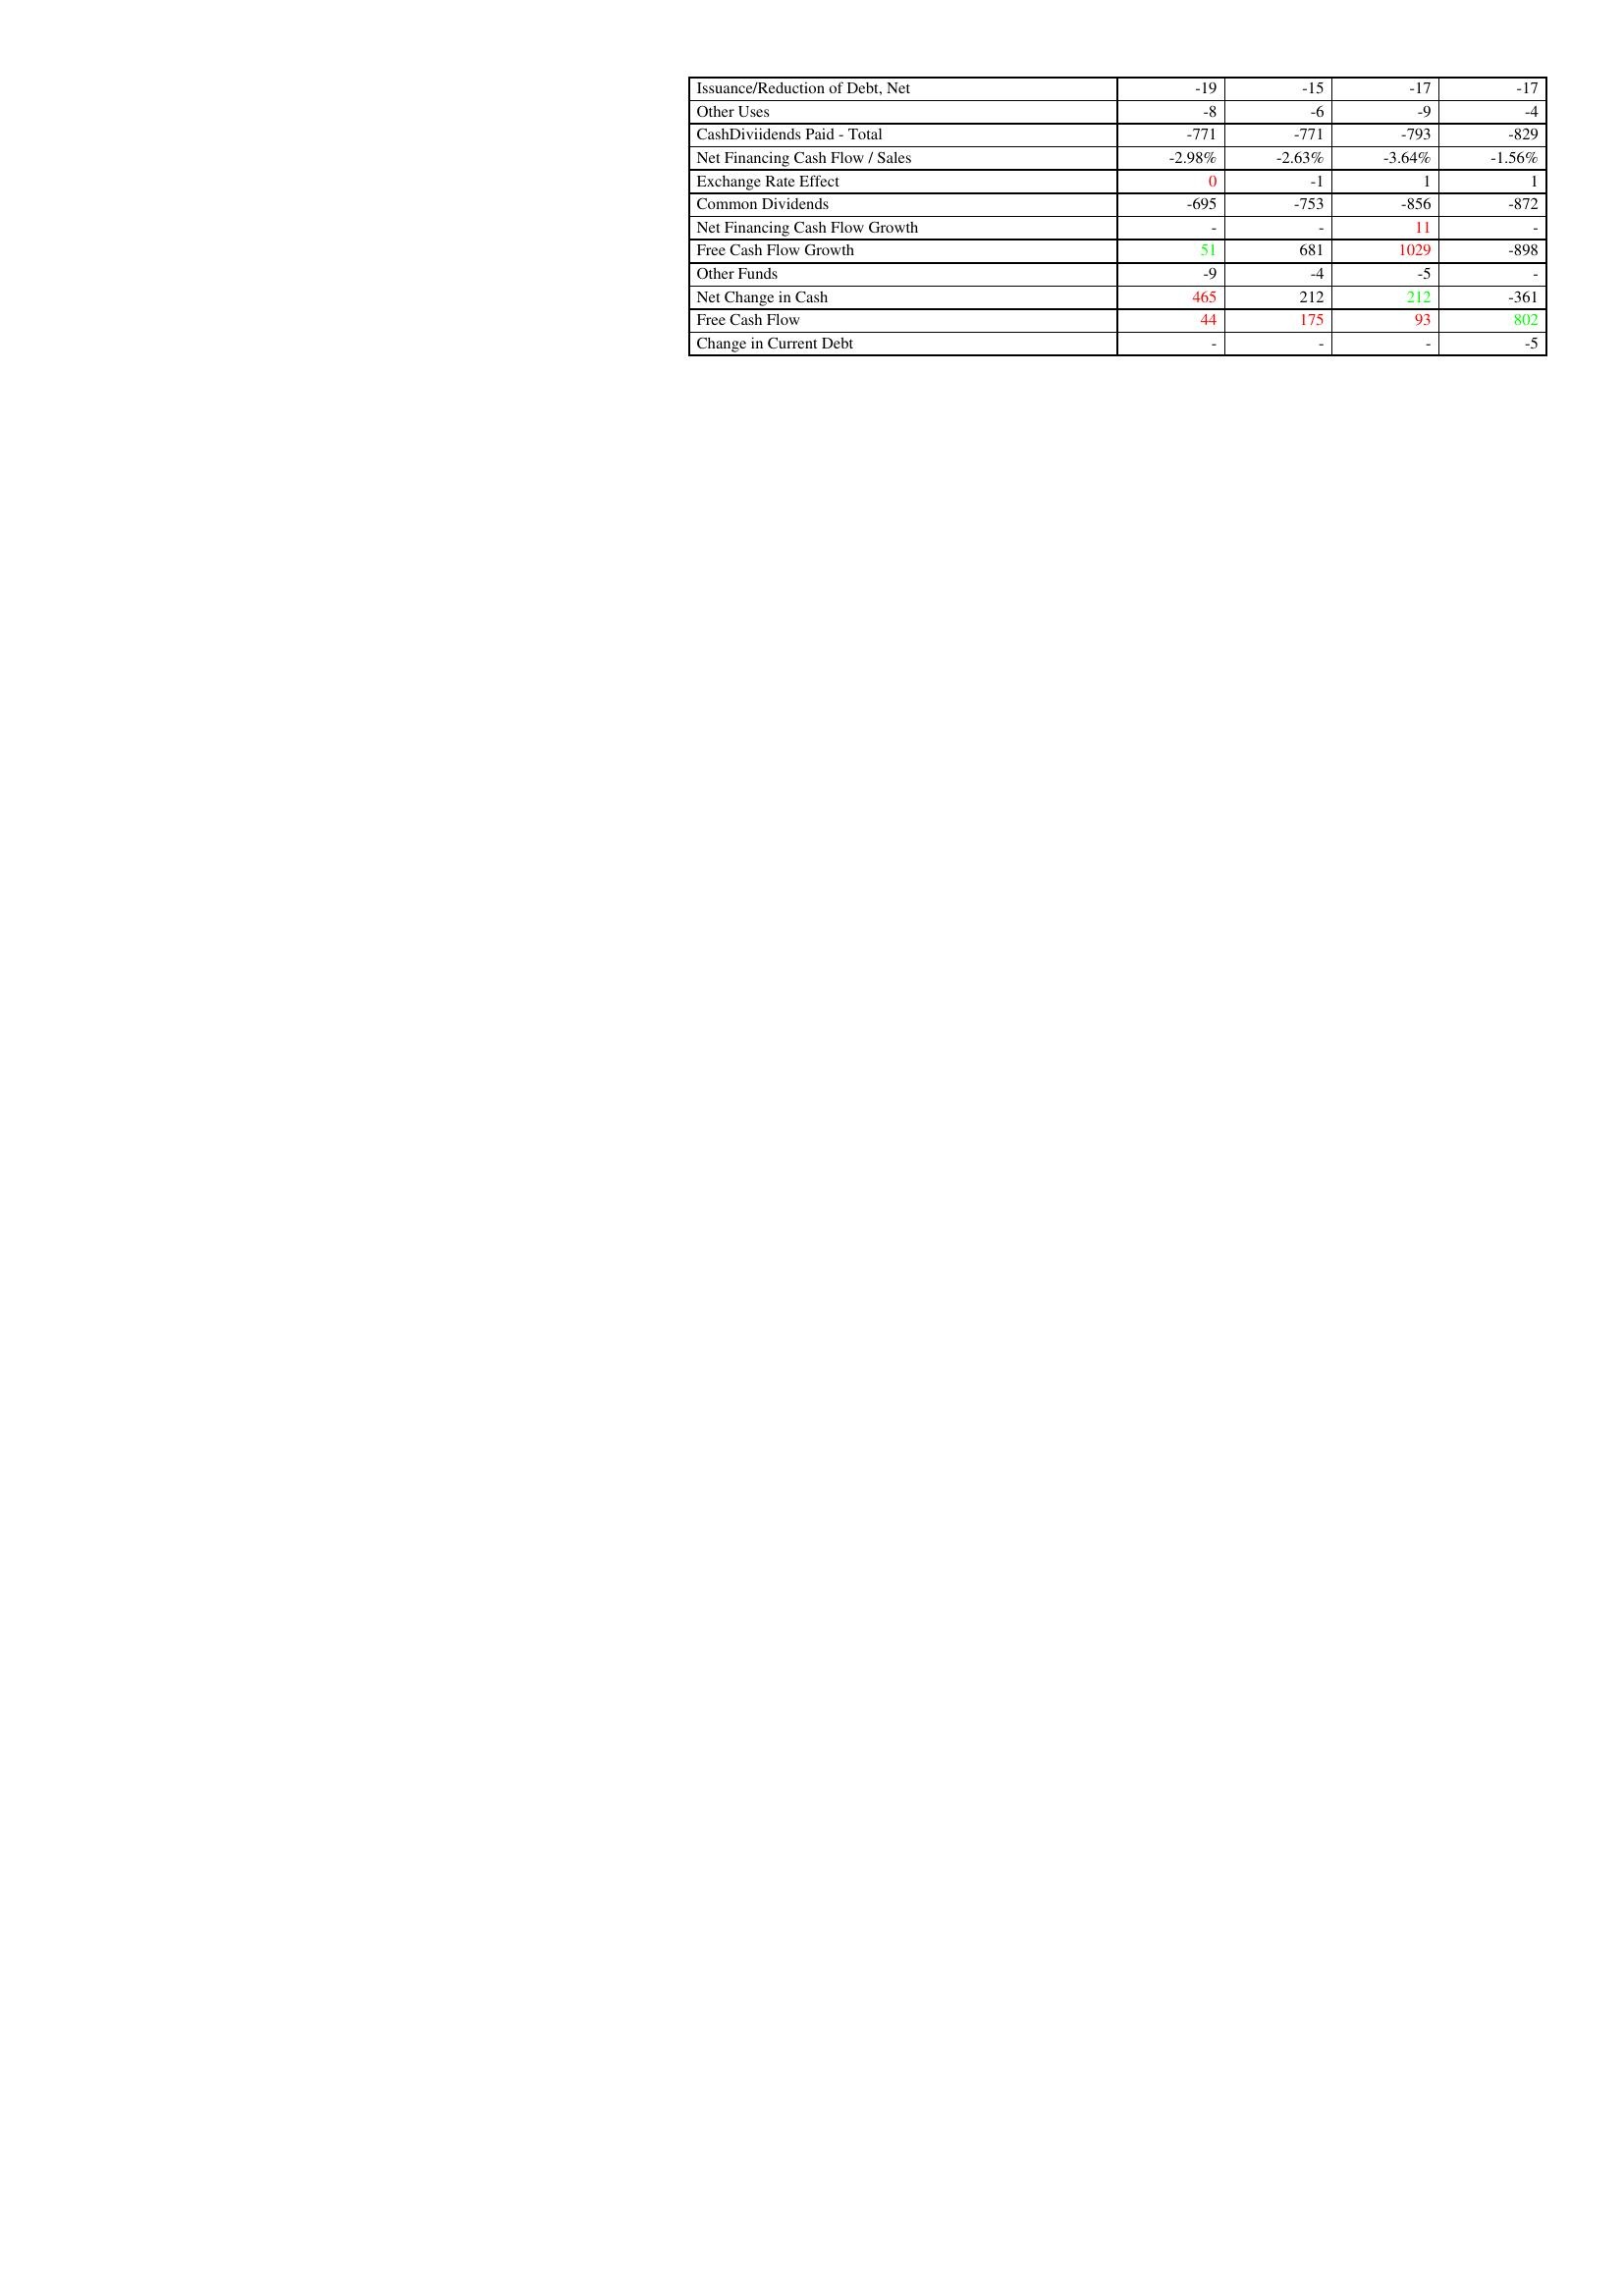
gt_parse: 2017: Financing Activities: Issuance/Reduction of Debt, Net: -19
Other Uses: -8
CashDiviidends Paid - Total: -771
Net Financing Cash Flow / Sales: -2.98%
Exchange Rate Effect: 0
Common Dividends: -695
Net Financing Cash Flow Growth: -
Free Cash Flow Growth: 51
Other Funds: -9
Net Change in Cash: 465
Free Cash Flow: 44
Change in Current Debt: -
2016: Financing Activities: Issuance/Reduction of Debt, Net: -15
Other Uses: -6
CashDiviidends Paid - Total: -771
Net Financing Cash Flow / Sales: -2.63%
Exchange Rate Effect: -1
Common Dividends: -753
Net Financing Cash Flow Growth: -
Free Cash Flow Growth: 681
Other Funds: -4
Net Change in Cash: 212
Free Cash Flow: 175
Change in Current Debt: -
2015: Financing Activities: Issuance/Reduction of Debt, Net: -17
Other Uses: -9
CashDiviidends Paid - Total: -793
Net Financing Cash Flow / Sales: -3.64%
Exchange Rate Effect: 1
Common Dividends: -856
Net Financing Cash Flow Growth: 11
Free Cash Flow Growth: 1029
Other Funds: -5
Net Change in Cash: 212
Free Cash Flow: 93
Change in Current Debt: -
2014: Financing Activities: Issuance/Reduction of Debt, Net: -17
Other Uses: -4
CashDiviidends Paid - Total: -829
Net Financing Cash Flow / Sales: -1.56%
Exchange Rate Effect: 1
Common Dividends: -872
Net Financing Cash Flow Growth: -
Free Cash Flow Growth: -898
Other Funds: -
Net Change in Cash: -361
Free Cash Flow: 802
Change in Current Debt: -5